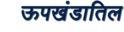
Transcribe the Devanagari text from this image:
ऊपखंडातिल